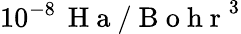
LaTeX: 10^{-8}\, \mathrm{~H~a~/~B~o~h~r~}^{3}